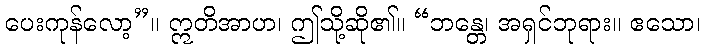
ပေးကုန်လော့”။ ဣတိအာဟ၊ ဤသို့ဆို၏။ “ဘန္တေ၊ အရှင်ဘုရား။ ဧသော၊